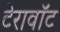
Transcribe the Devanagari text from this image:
टेरावॉट